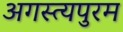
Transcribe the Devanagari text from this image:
अगस्त्यपुरम